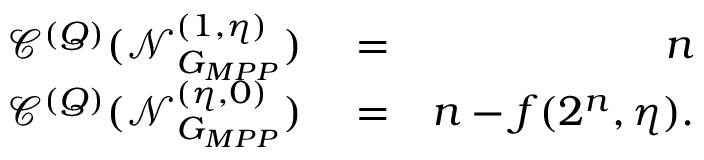
\begin{array} { r l r } { \mathcal { C } ^ { ( Q ) } ( \mathcal { N } _ { G _ { M P P } } ^ { ( 1 , \eta ) } ) } & { { } = } & { n } \\ { \mathcal { C } ^ { ( Q ) } ( \mathcal { N } _ { G _ { M P P } } ^ { ( \eta , 0 ) } ) } & { { } = } & { n - f ( 2 ^ { n } , \eta ) . } \end{array}